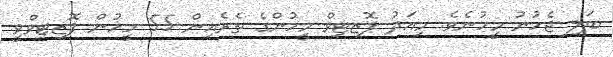
ބަލި ޖެހުނު މީހުނެވެ. މިއަދު ޕޮޒިޓިވް މީހުންގެ ތެރެއިން 55 މީހުން ޕޮޒިޓިވްވީ